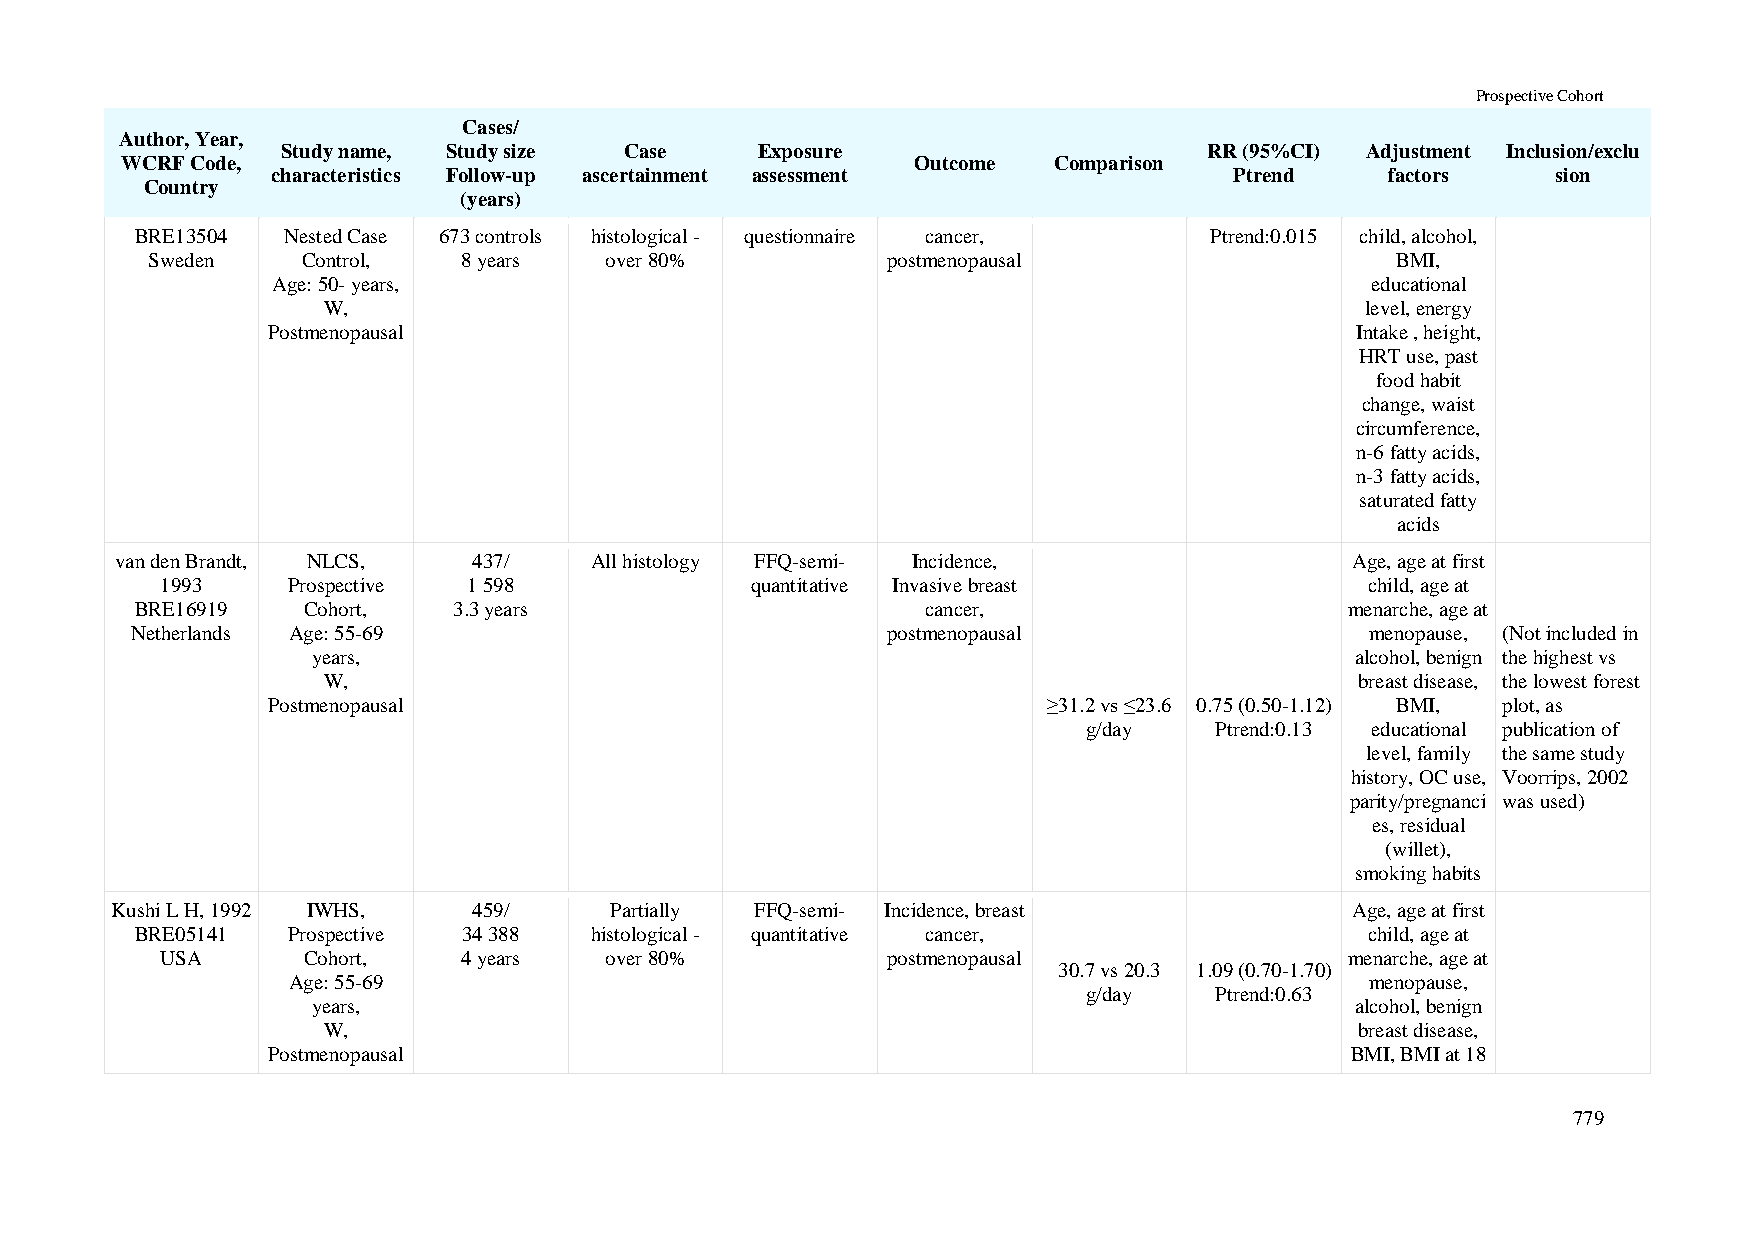
Prospective Cohort
 Cases/
 Author, Year,
 Study name, Study size Case    Exposure                      RR (95%CI) Adjustment Inclusion/exclu
 WCRF Code,                                           Outcome  Comparison
 characteristics Follow-up ascertainment assessment              Ptrend    factors    sion
 Country
 (years)
 BRE13504  Nested Case 673 controls histological - questionnaire cancer, Ptrend:0.015 child, alcohol,
 Sweden    Control,   8 years  over 80%           postmenopausal                   BMI,
 Age: 50- years,                                                          educational
 W,                                                                   level, energy
 Postmenopausal                                                          Intake , height,
 HRT use, past
 food habit
 change, waist
 circumference,
 n-6 fatty acids,
 n-3 fatty acids,
 saturated fatty
 acids
 van den Brandt, NLCS,  437/    All histology FFQ-semi- Incidence,                 Age, age at first
 1993    Prospective 1 598              quantitative Invasive breast             child, age at
 BRE16919   Cohort,   3.3 years                      cancer,                     menarche, age at
 Netherlands Age: 55-69                            postmenopausal                  menopause, (Not included in
 years,                                                               alcohol, benign the highest vs
 W,                                                                   breast disease, the lowest forest
 Postmenopausal                                     ≥31.2 vs ≤23.6 0.75 (0.50-1.12) BMI, plot, as
 g/day   Ptrend:0.13 educational publication of
 level, family the same study
 history, OC use, Voorrips, 2002
 parity/pregnanci was used)
 es, residual
 (willet),
 smoking habits
 Kushi L H, 1992 IWHS,   459/     Partially FFQ-semi- Incidence, breast             Age, age at first
 BRE05141  Prospective 34 388  histological - quantitative cancer,                 child, age at
 USA      Cohort,    4 years  over 80%           postmenopausal                menarche, age at
 30.7 vs 20.3 1.09 (0.70-1.70)
 Age: 55-69                                                              menopause,
 g/day   Ptrend:0.63
 years,                                                               alcohol, benign
 W,                                                                   breast disease,
 Postmenopausal                                                         BMI, BMI at 18
 779